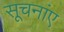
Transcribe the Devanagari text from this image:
सूचनांए